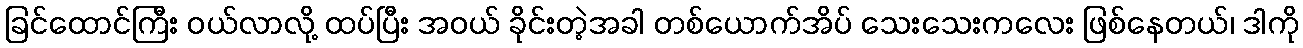
ခြင်ထောင်ကြီး ဝယ်လာလို့ ထပ်ပြီး အဝယ် ခိုင်းတဲ့အခါ တစ်ယောက်အိပ် သေးသေးကလေး ဖြစ်နေတယ်၊ ဒါကို